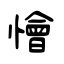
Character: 懀